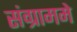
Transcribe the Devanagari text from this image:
संग्राममे